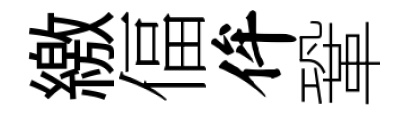
繳偪侔鞏